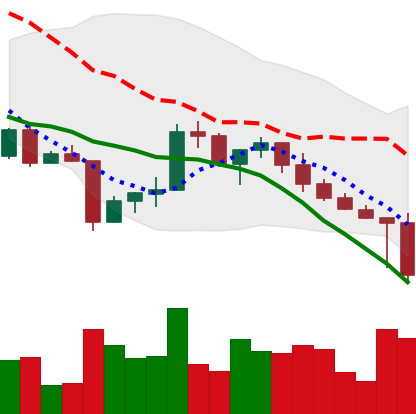
Ticker: XRP-USD
Chart end date: 2022-04-26
Forward return: -5.276%
Label: down_5_7